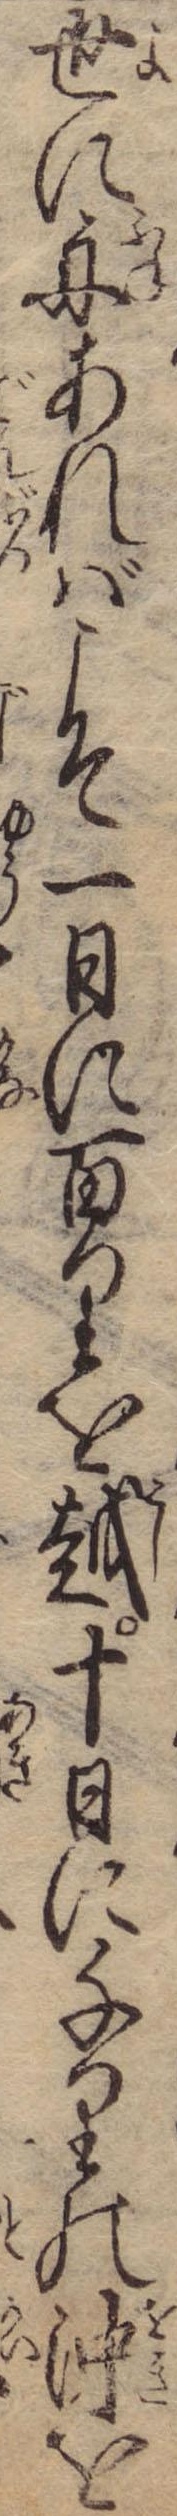
世に舟あればこそ一日に百里を越十日に千里の沖を